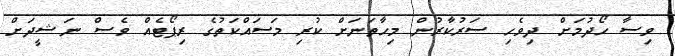
ވިސާ ހޯދުމަށް ދިވެހި ސަރުކާރުން މިހާތަނަށް ކުރި މަސައްކަތުގެ ރިޕޯޓެއް ވެސް ނަޝީދަށް